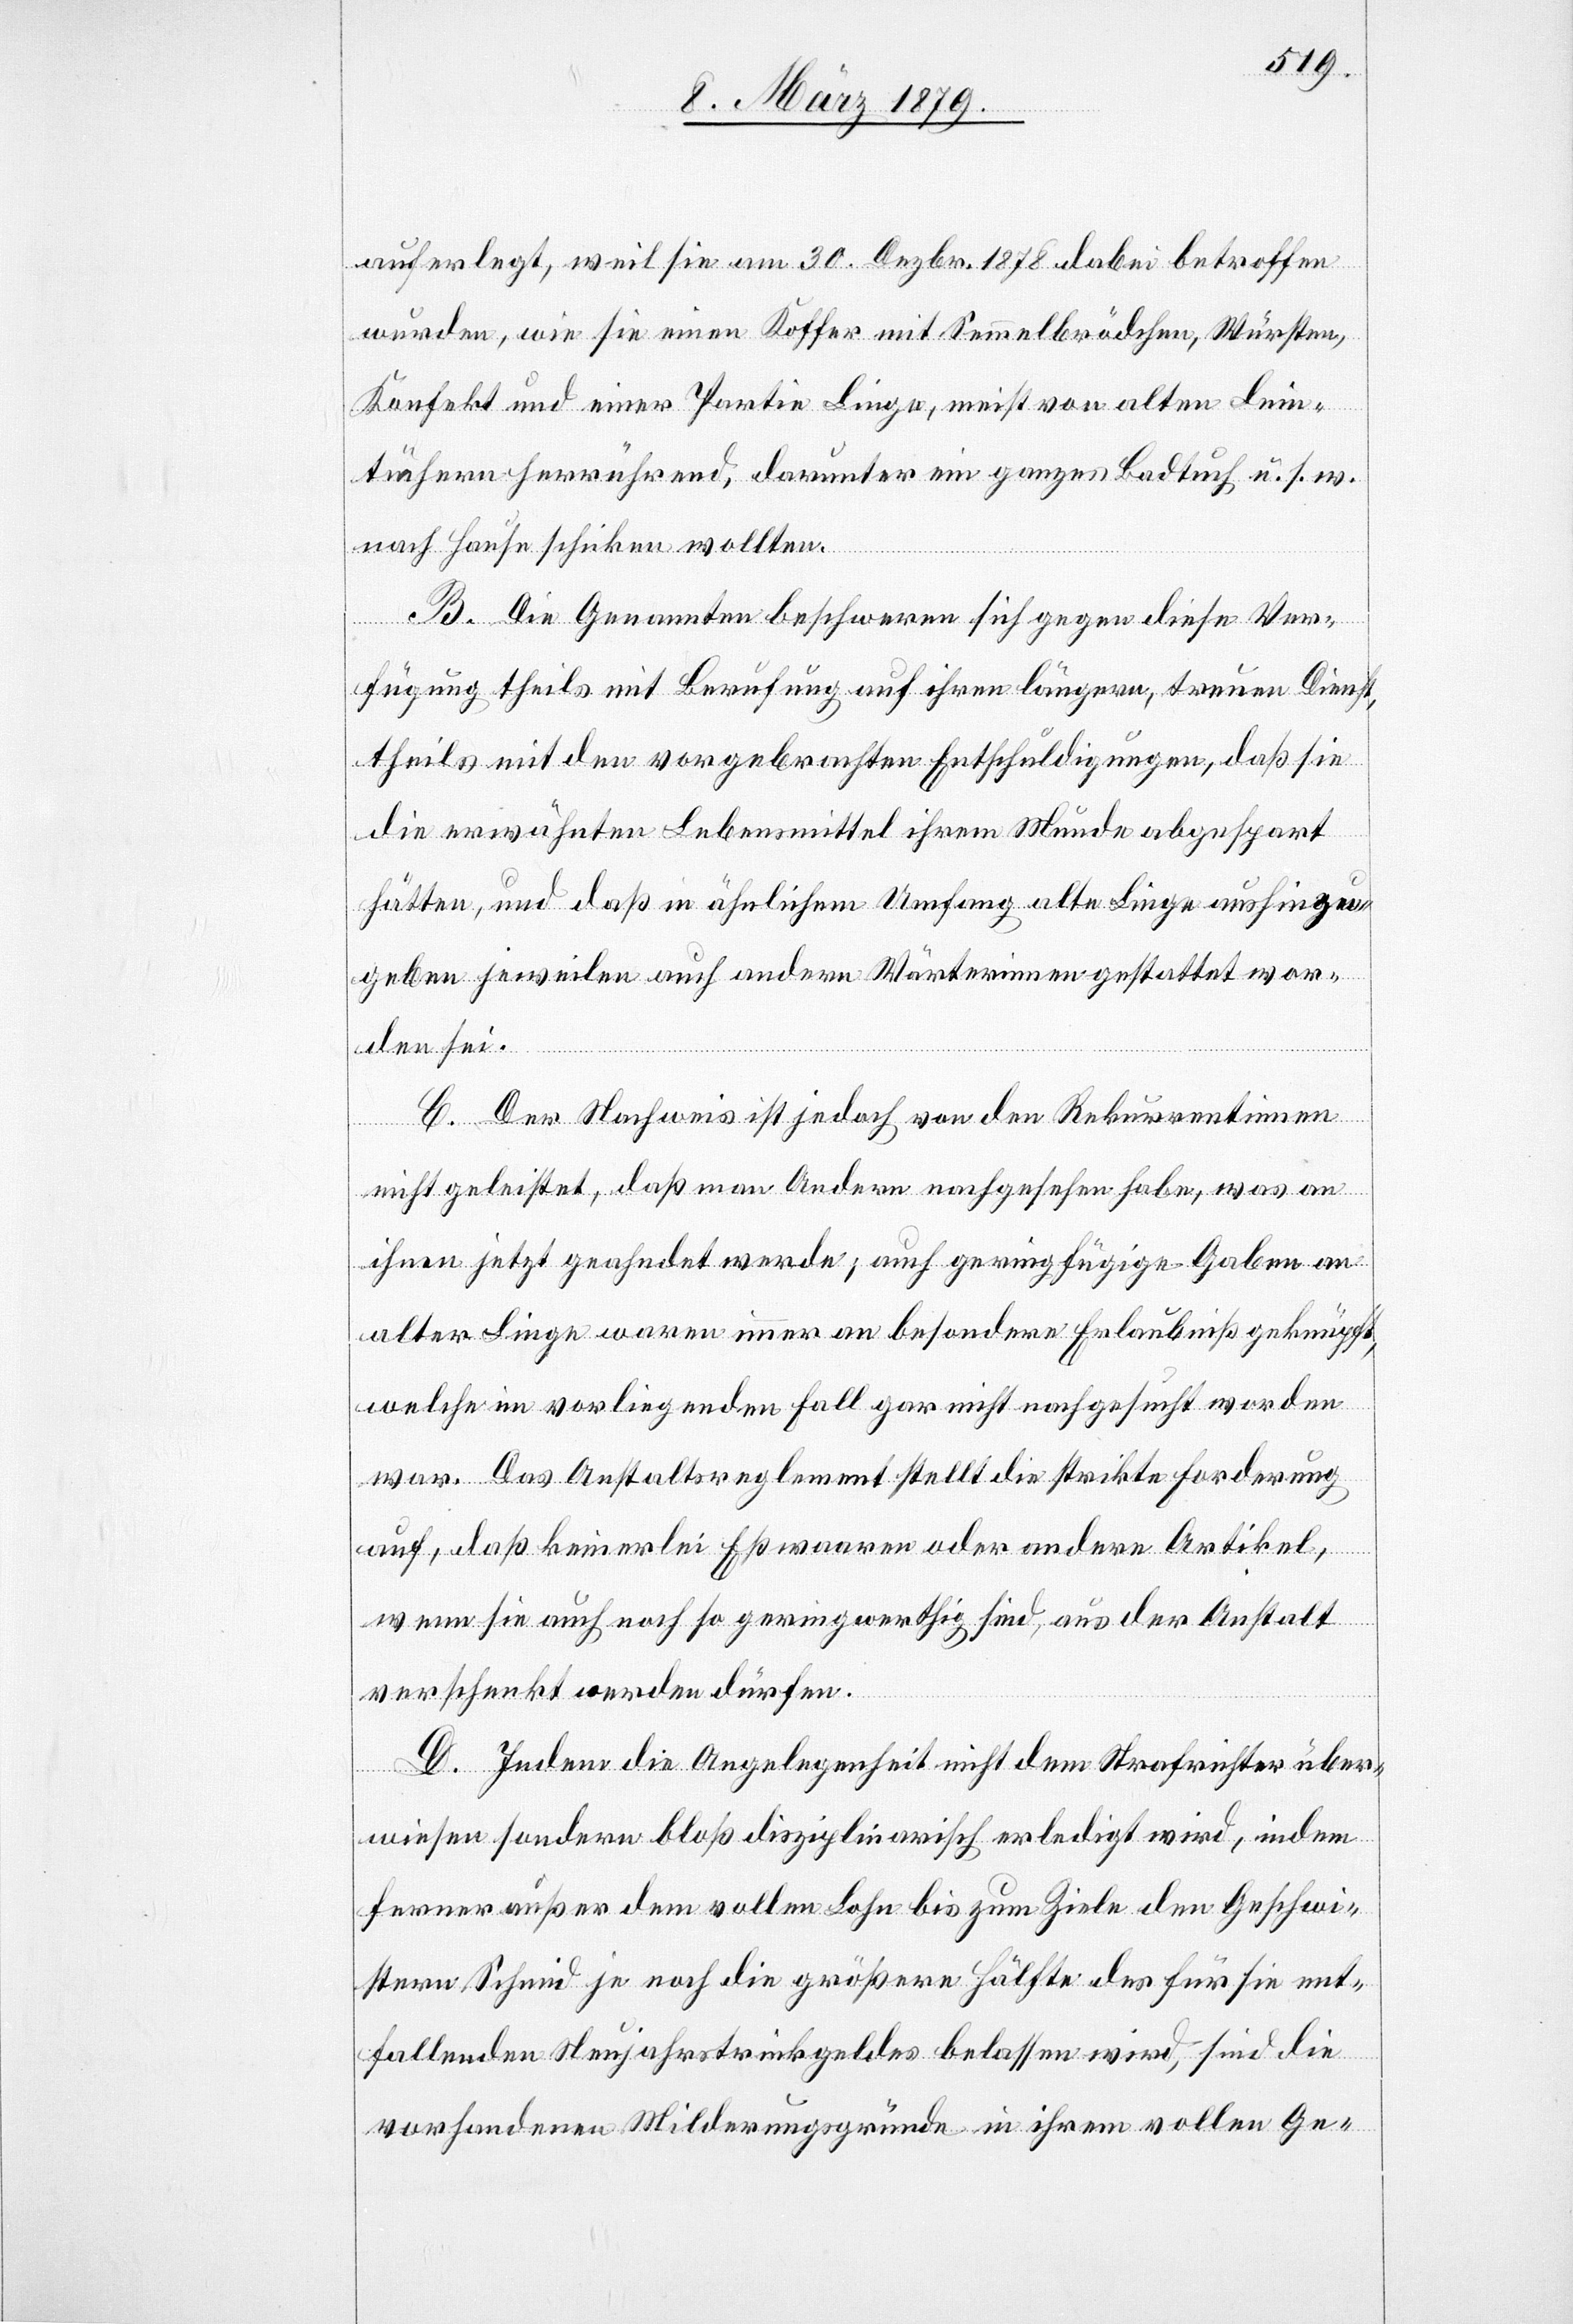
auferlegt, weil sie am 30. Dezbr. 1878 dabei betroffen
wurden, wie sie einen Koffer mit Semmelbrödchen, Würsten,
Konfekt und einer Partie Linge, meist von alten Lein¬
tüchern herrührend, darunter ein ganzes Badtuch u. s. w.
nach Hause schicken wollten.
B. Die Genannten beschweren sich gegen diese Ver¬
fügung theils mit Berufung auf ihren längern, treuen Dienst,
theils mit den vorgebrachten Entschuldigungen, daß sie
die erwähnten Lebensmittel ihrem Munde abgespart
hätten, und daß in ähnlichem Umfang alte Linge aushinzu¬
geben jeweilen auch andern Wärterinnen gestattet wor¬
den sei.
C. Der Nachweis ist jedoch von den Rekurrentinnen
nicht geleistet, daß man Andern nachgesehen habe, was an
ihnen jetzt geahndet werde; auch geringfügige Gaben an
alter Linge waren immer an besondere Erlaubniß geknüpft,
welche im vorliegenden Fall gar nicht nachgesucht worden
war. Das Anstaltsreglement stellt die strikte Forderung
auf, daß keinerlei Eßwaaren oder andere Artikel,
wenn sie auch noch so geringwerthig sind, aus der Anstalt
verschenkt werden dürfen.
D. Indem die Angelegenheit nicht dem Strafrichter über¬
wiesen sondern bloß disziplinarisch erledigt wird, indem
ferner außer dem vollen Lohn bis zum Ziele den Geschwi¬
stern Schmid je noch die größere Hälfte des für sie ent¬
fallenden Neujahrstrinkgeldes belassen wird, sind die
vorhandenen Milderungsgründe in ihrem vollen Ge-